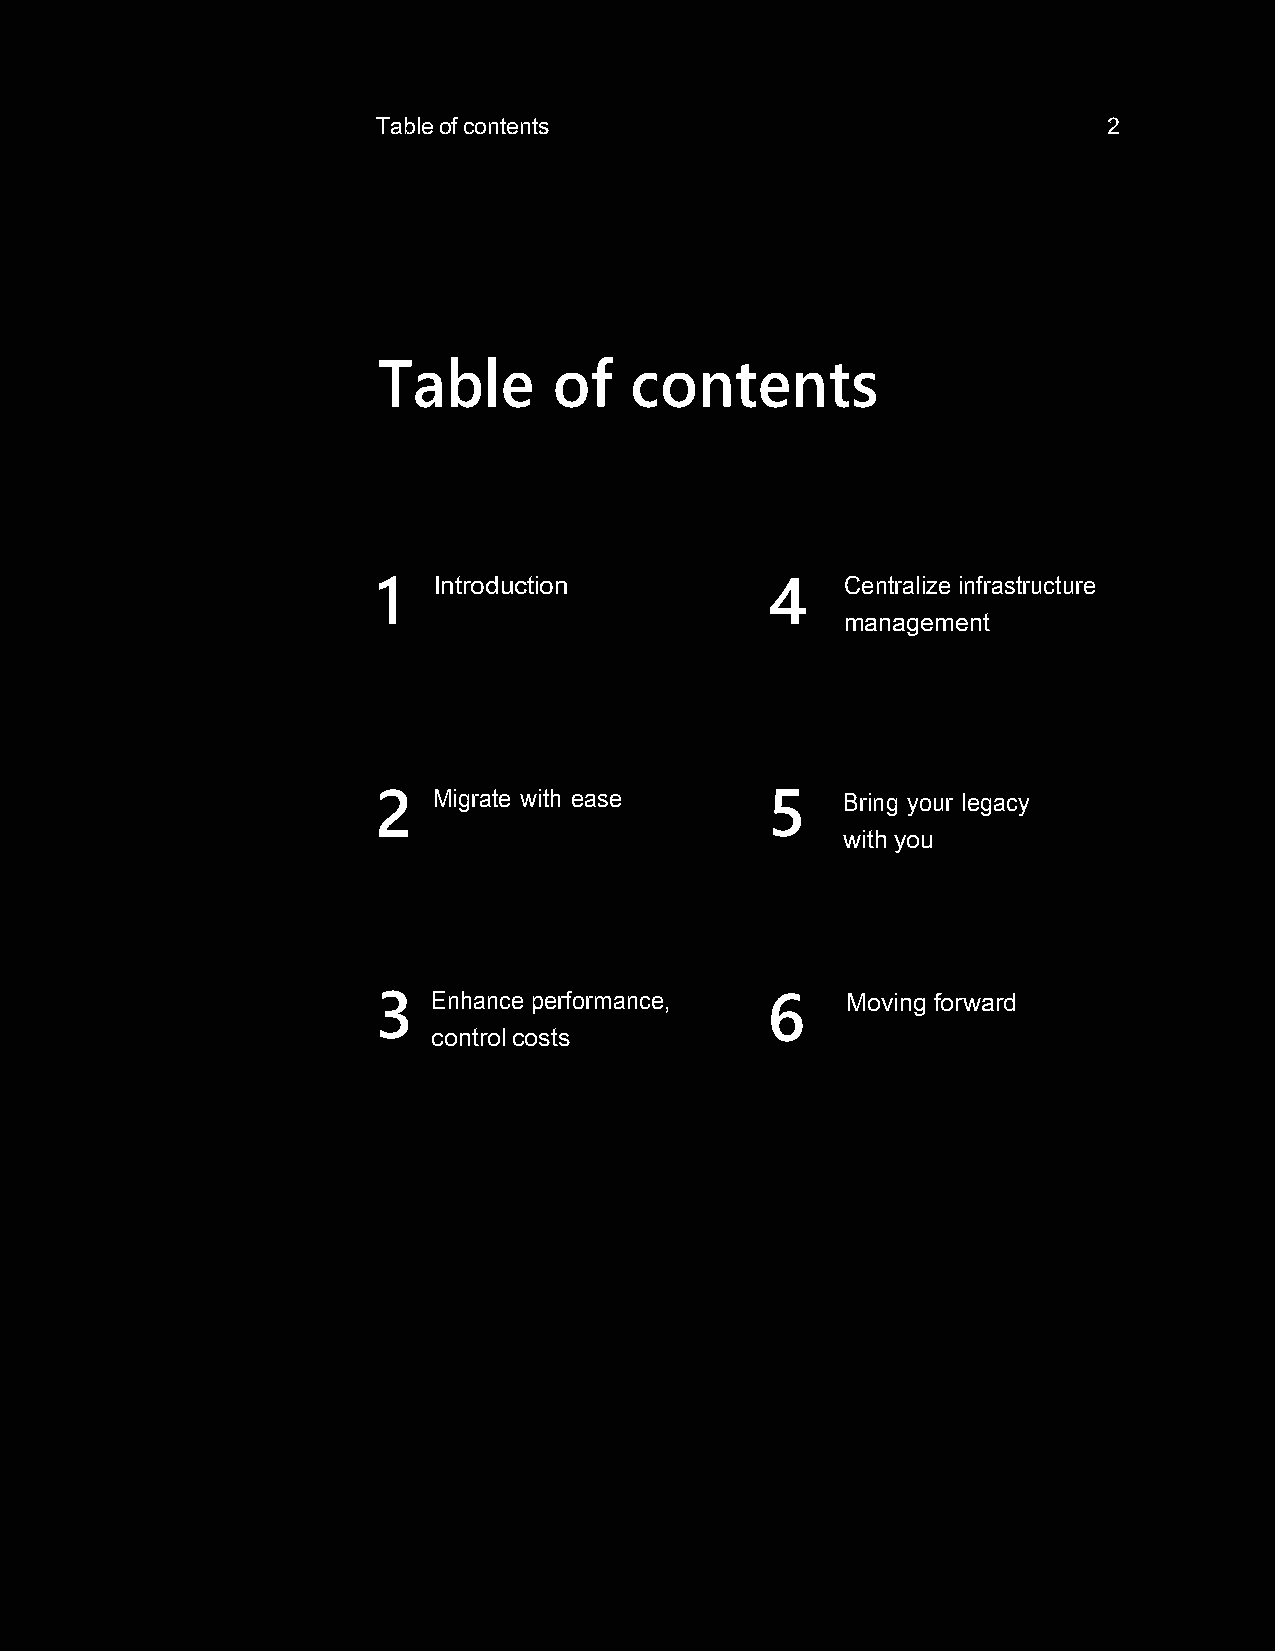
Table of contents                               2
 Table       of   contents
 1   Introduction          4    Centralize infrastructure
 management
 2   Migrate with ease     5    Bring your legacy
 with you
 3   Enhance performance,  6    Moving forward
 control costs